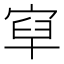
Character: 𡨯